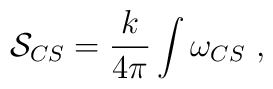
{\cal S}_{CS}=\frac{k}{4\pi}\int \omega_{CS}~,